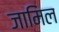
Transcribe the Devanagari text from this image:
जामिल